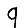
Digit: 9